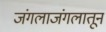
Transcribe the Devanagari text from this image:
जंगलाजंगलातून